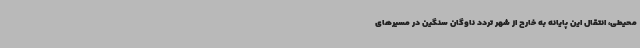
محیطی، انتقال این پایانه به خارج از شهر تردد ناوگان سنگین در مسیرهای